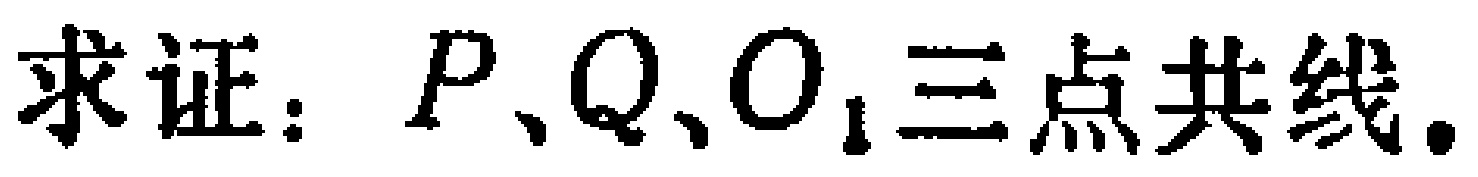
求证：\(P、Q、O_{1}\)三点共线.